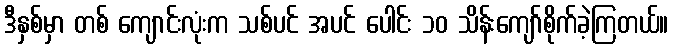
ဒီနှစ်မှာ တစ် ကျောင်းလုံးက သစ်ပင် အပင် ပေါင်း ၁၀ သိန်းကျော်စိုက်ခဲ့ကြတယ်။